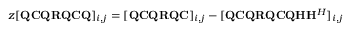
\begin{array} { r } { z [ { \mathbf { Q } } { \mathbf { C } } { \mathbf { Q } } { \mathbf { R } } { \mathbf { Q } } { \mathbf { C } } { \mathbf { Q } } ] _ { i , j } = [ { \mathbf { Q } } { \mathbf { C } } { \mathbf { Q } } { \mathbf { R } } { \mathbf { Q } } { \mathbf { C } } ] _ { i , j } - [ { \mathbf { Q } } { \mathbf { C } } { \mathbf { Q } } { \mathbf { R } } { \mathbf { Q } } { \mathbf { C } } { \mathbf { Q } } { \mathbf { H } } { \mathbf { H } } ^ { H } ] _ { i , j } } \end{array}